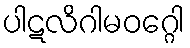
ပါဋလိဂါမဝဂ္ဂေါ